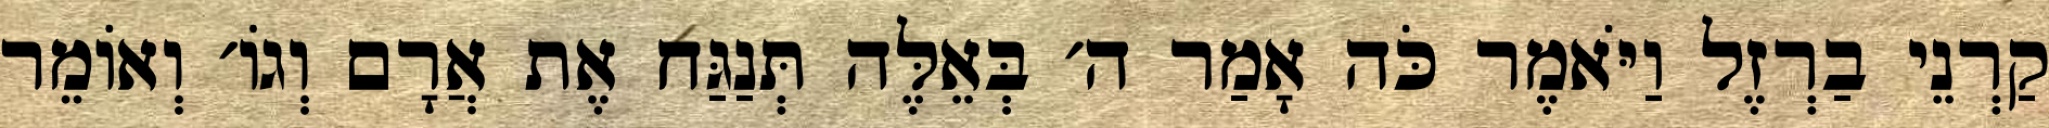
קַרְנֵי בַרְזֶל וַיֹּאמֶר כֹּה אָמַר ה׳ בְּאֵלֶּה תְּנַגַּח אֶת אֲרָם וְגוֹ׳ וְאוֹמֵר